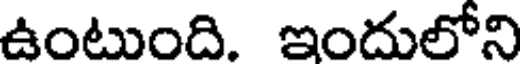
ఉంటుంది. ఇందులోని